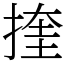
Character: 㨒